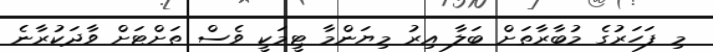
މި ފަހަރުގެ މުބާރާތަށް ބަލާ އިރު މިޔަންމާ ޓީމަކީ ވެސް ތަށްޓަށް ވާދަކުރާނެ